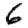
Digit: 6